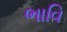
ભાવિ